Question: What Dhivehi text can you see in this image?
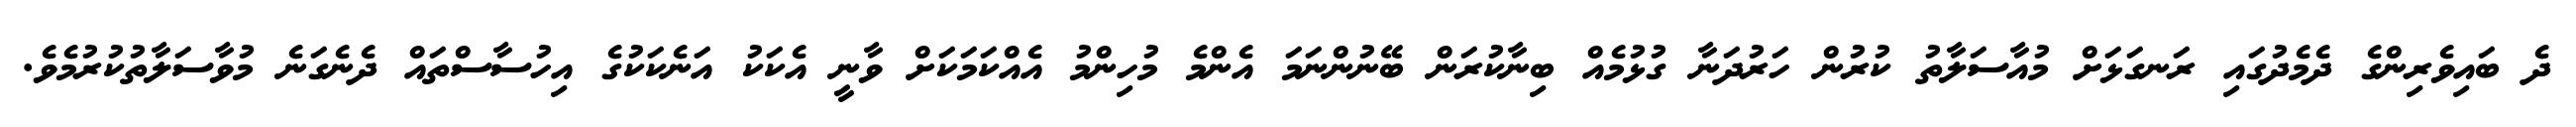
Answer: ދެ ބައިވެރިންގެ ދެމެދުގައި ރަނގަޅަށް މުއާސަލާތު ކުރުން ހަރުދަނާ ގުޅުމެއް ބިނާކުރަން ބޭނުންނަމަ އެންމެ މުހިންމު އެއްކަމަކަށް ވާނީ އެކަކު އަނެކަކުގެ އިހުސާސްތައް ދެނެގަނެ މުވާސަލާތުކުރުމެވެ.